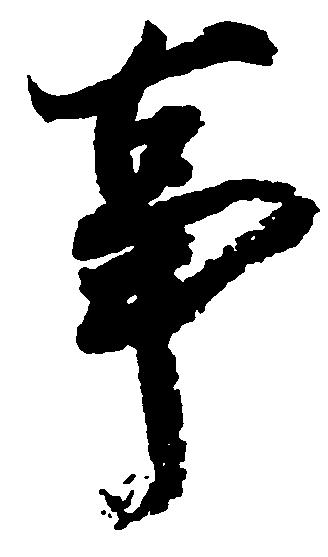
事